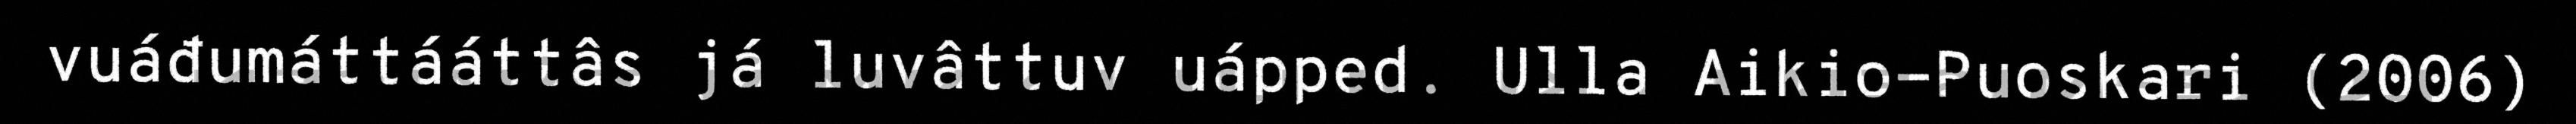
vuáđumáttááttâs já luvâttuv uápped. Ulla Aikio-Puoskari (2006)